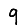
Digit: 9